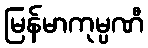
မြန်မာကုမ္ပဏီ